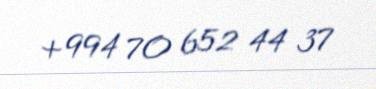
+994 70 652 44 37